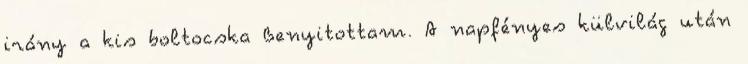
irány a kis boltocska Benyitottam. A napfényes külvilág után